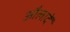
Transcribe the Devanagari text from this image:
औलादें